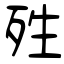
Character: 殅